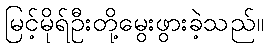
မြင့်မိုရ်ဦးတို့မွေးဖွားခဲ့သည်။